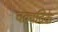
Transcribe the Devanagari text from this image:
चक्रादिके